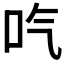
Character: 𠯏